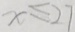
x \leq 2 7